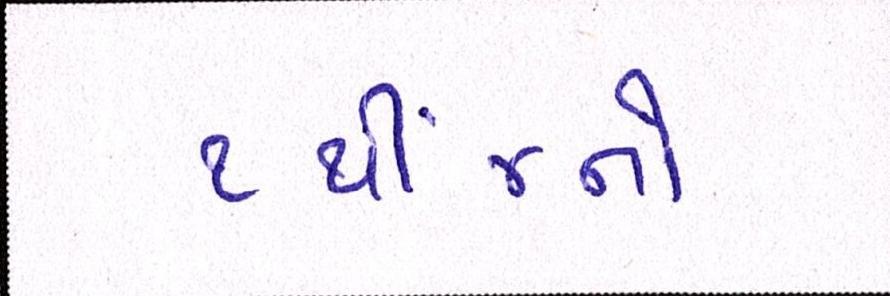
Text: ૧થી૪નો